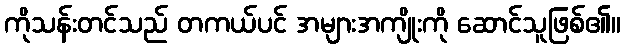
ကိုသန်းတင်သည် တကယ်ပင် အများအကျိုးကို ဆောင်သူဖြစ်၏။